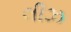
લીઝ